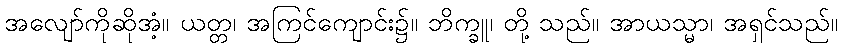
အလျော်ကိုဆိုအံ့။ ယတ္တ၊ အကြင်ကျောင်း၌။ ဘိက္ခူ၊ တို့ သည်။ အာယသ္မာ၊ အရှင်သည်။